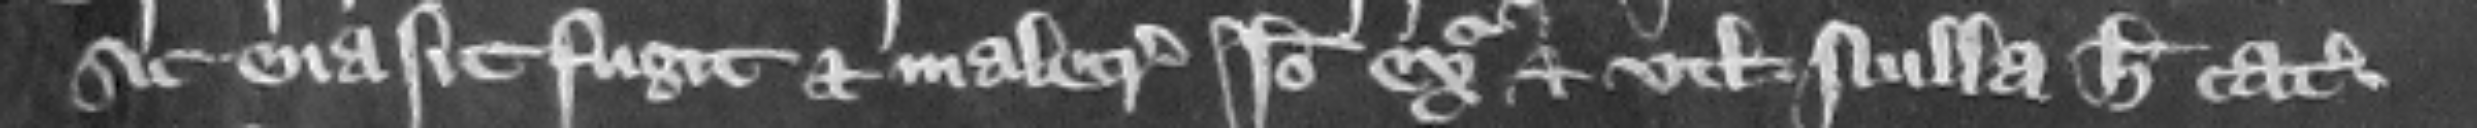
sic euasit fugit et malecreditur Ideo exigatur et vtlagetur. Nulla habuit catalla.